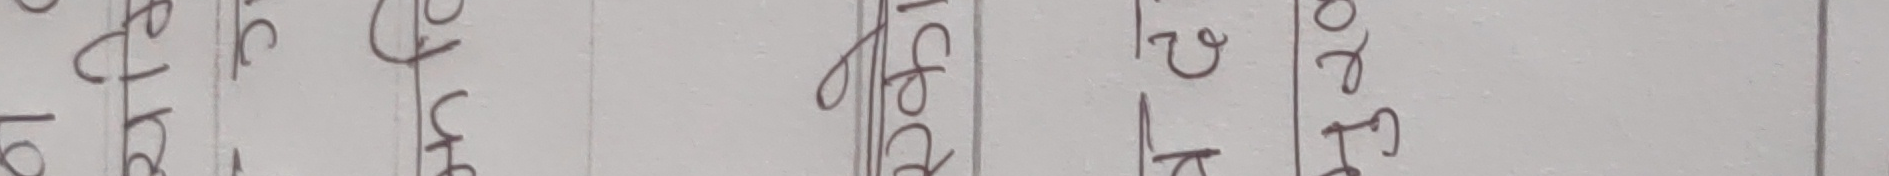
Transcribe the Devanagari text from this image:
तर फ्रि जगत्‌